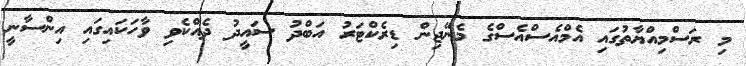
މި ރަސްމިއްޔާތުގައި އެމްއެސްއެސްގެ މެނޭޖިން ޑިރެކްޓަރު އަބްދު ސައީދު ދެއްކެވި ވާހަކައިގައި އިންސާނީ